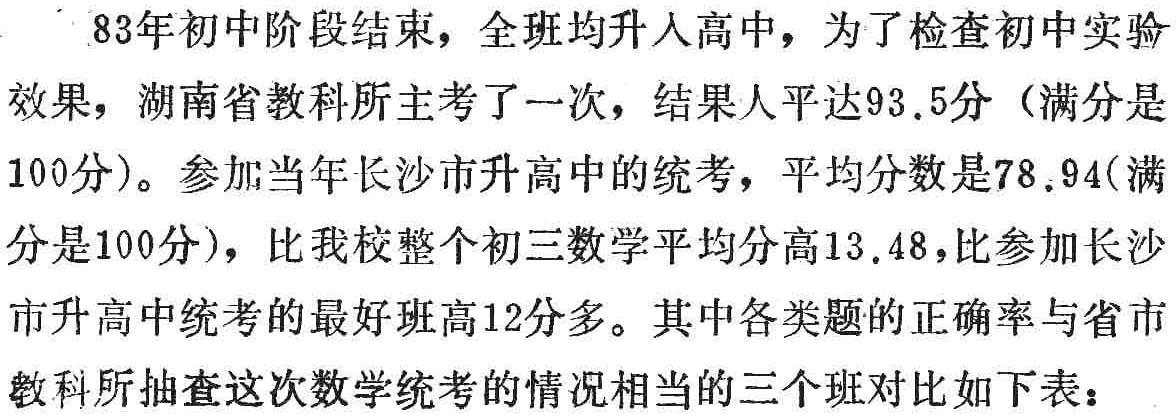
83年初中阶段结束，全班均升人高中，为了检查初中实验

效果，湖南省教科所主考了一次，结果人平达93.5分（满分是

100分）。参加当年长沙市升高中的统考，平均分数是78.94(满

分是100分)，比我校整个初三数学平均分高13.48，比参加长沙

市升高中统考的最好班高12分多。其中各类题的正确率与省市

教科所抽查这次数学统考的情况相当的三个班对比如下表：